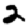
Digit: 2